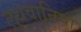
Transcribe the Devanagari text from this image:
लुथवानिया